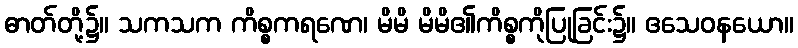
ဓာတ်တို့၌။ သကသက ကိစ္စကရဏေ၊ မိမိ မိမိ၏ကိစ္စကိုပြုခြင်း၌။ ဧသေဝနယော။